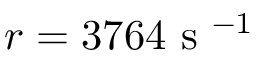
r = 3 7 6 4 \mathrm { ~ s ~ } ^ { - 1 }